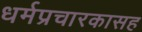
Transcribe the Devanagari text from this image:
धर्मप्रचारकासह